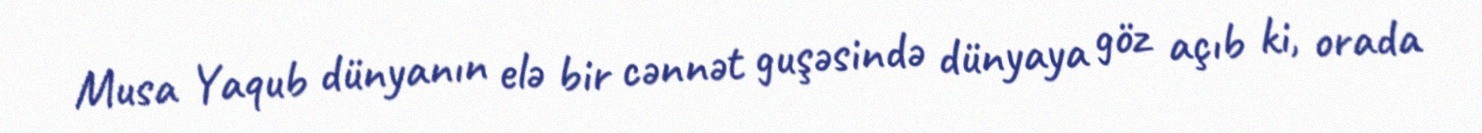
Musa Yaqub dünyanın elə bir cənnət guşəsində dünyaya göz açıb ki, orada